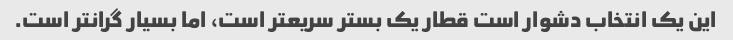
این یک انتخاب دشوار است قطار یک بستر سریعتر است، اما بسیار گرانتر است.